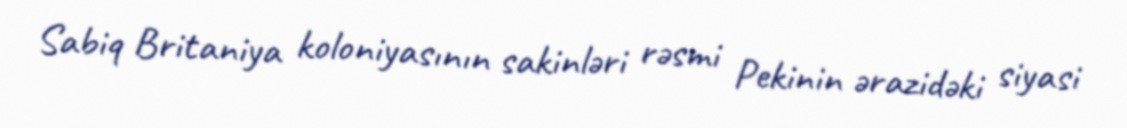
Sabiq Britaniya koloniyasının sakinləri rəsmi Pekinin ərazidəki siyasi